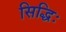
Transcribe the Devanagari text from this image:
सिद्धिः